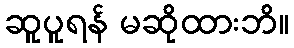
ဆူပူရန် မဆိုထားဘိ။